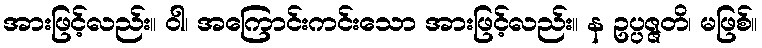
အားဖြင့်လည်း။ ဝါ၊ အကြောင်းကင်းသော အားဖြင့်လည်း။ န ဥပ္ပဇ္ဇတိ၊ မဖြစ်။